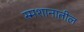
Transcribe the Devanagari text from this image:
स्मशानातील